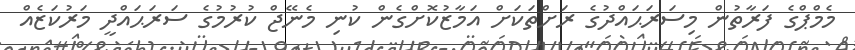
މެމްޕްގެ ފަރާތުން މިސަރަޙައްދުގެ ރަށްތަކަށް އަމާޒުކޮށްގެން ކުނި މެނޭޖް ކުރުމުގެ ސަރަޙައްދީ މަރުކަޒެއް